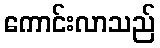
ကောင်းလာသည်